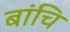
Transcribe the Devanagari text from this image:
बांचि